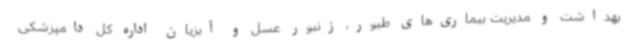
بهداشت و مدیریت بیماری‌های طیور، زنبور عسل و آبزیان اداره کل دامپزشکی